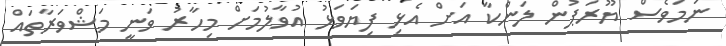
ނަމަވެސް ޔޫރަޕުން ލަންކާ އަށް އެޅި ފިޔަވަޅު އުވާލުމަށް މިހާރު ވަނީ މަޝްވަރާތައް